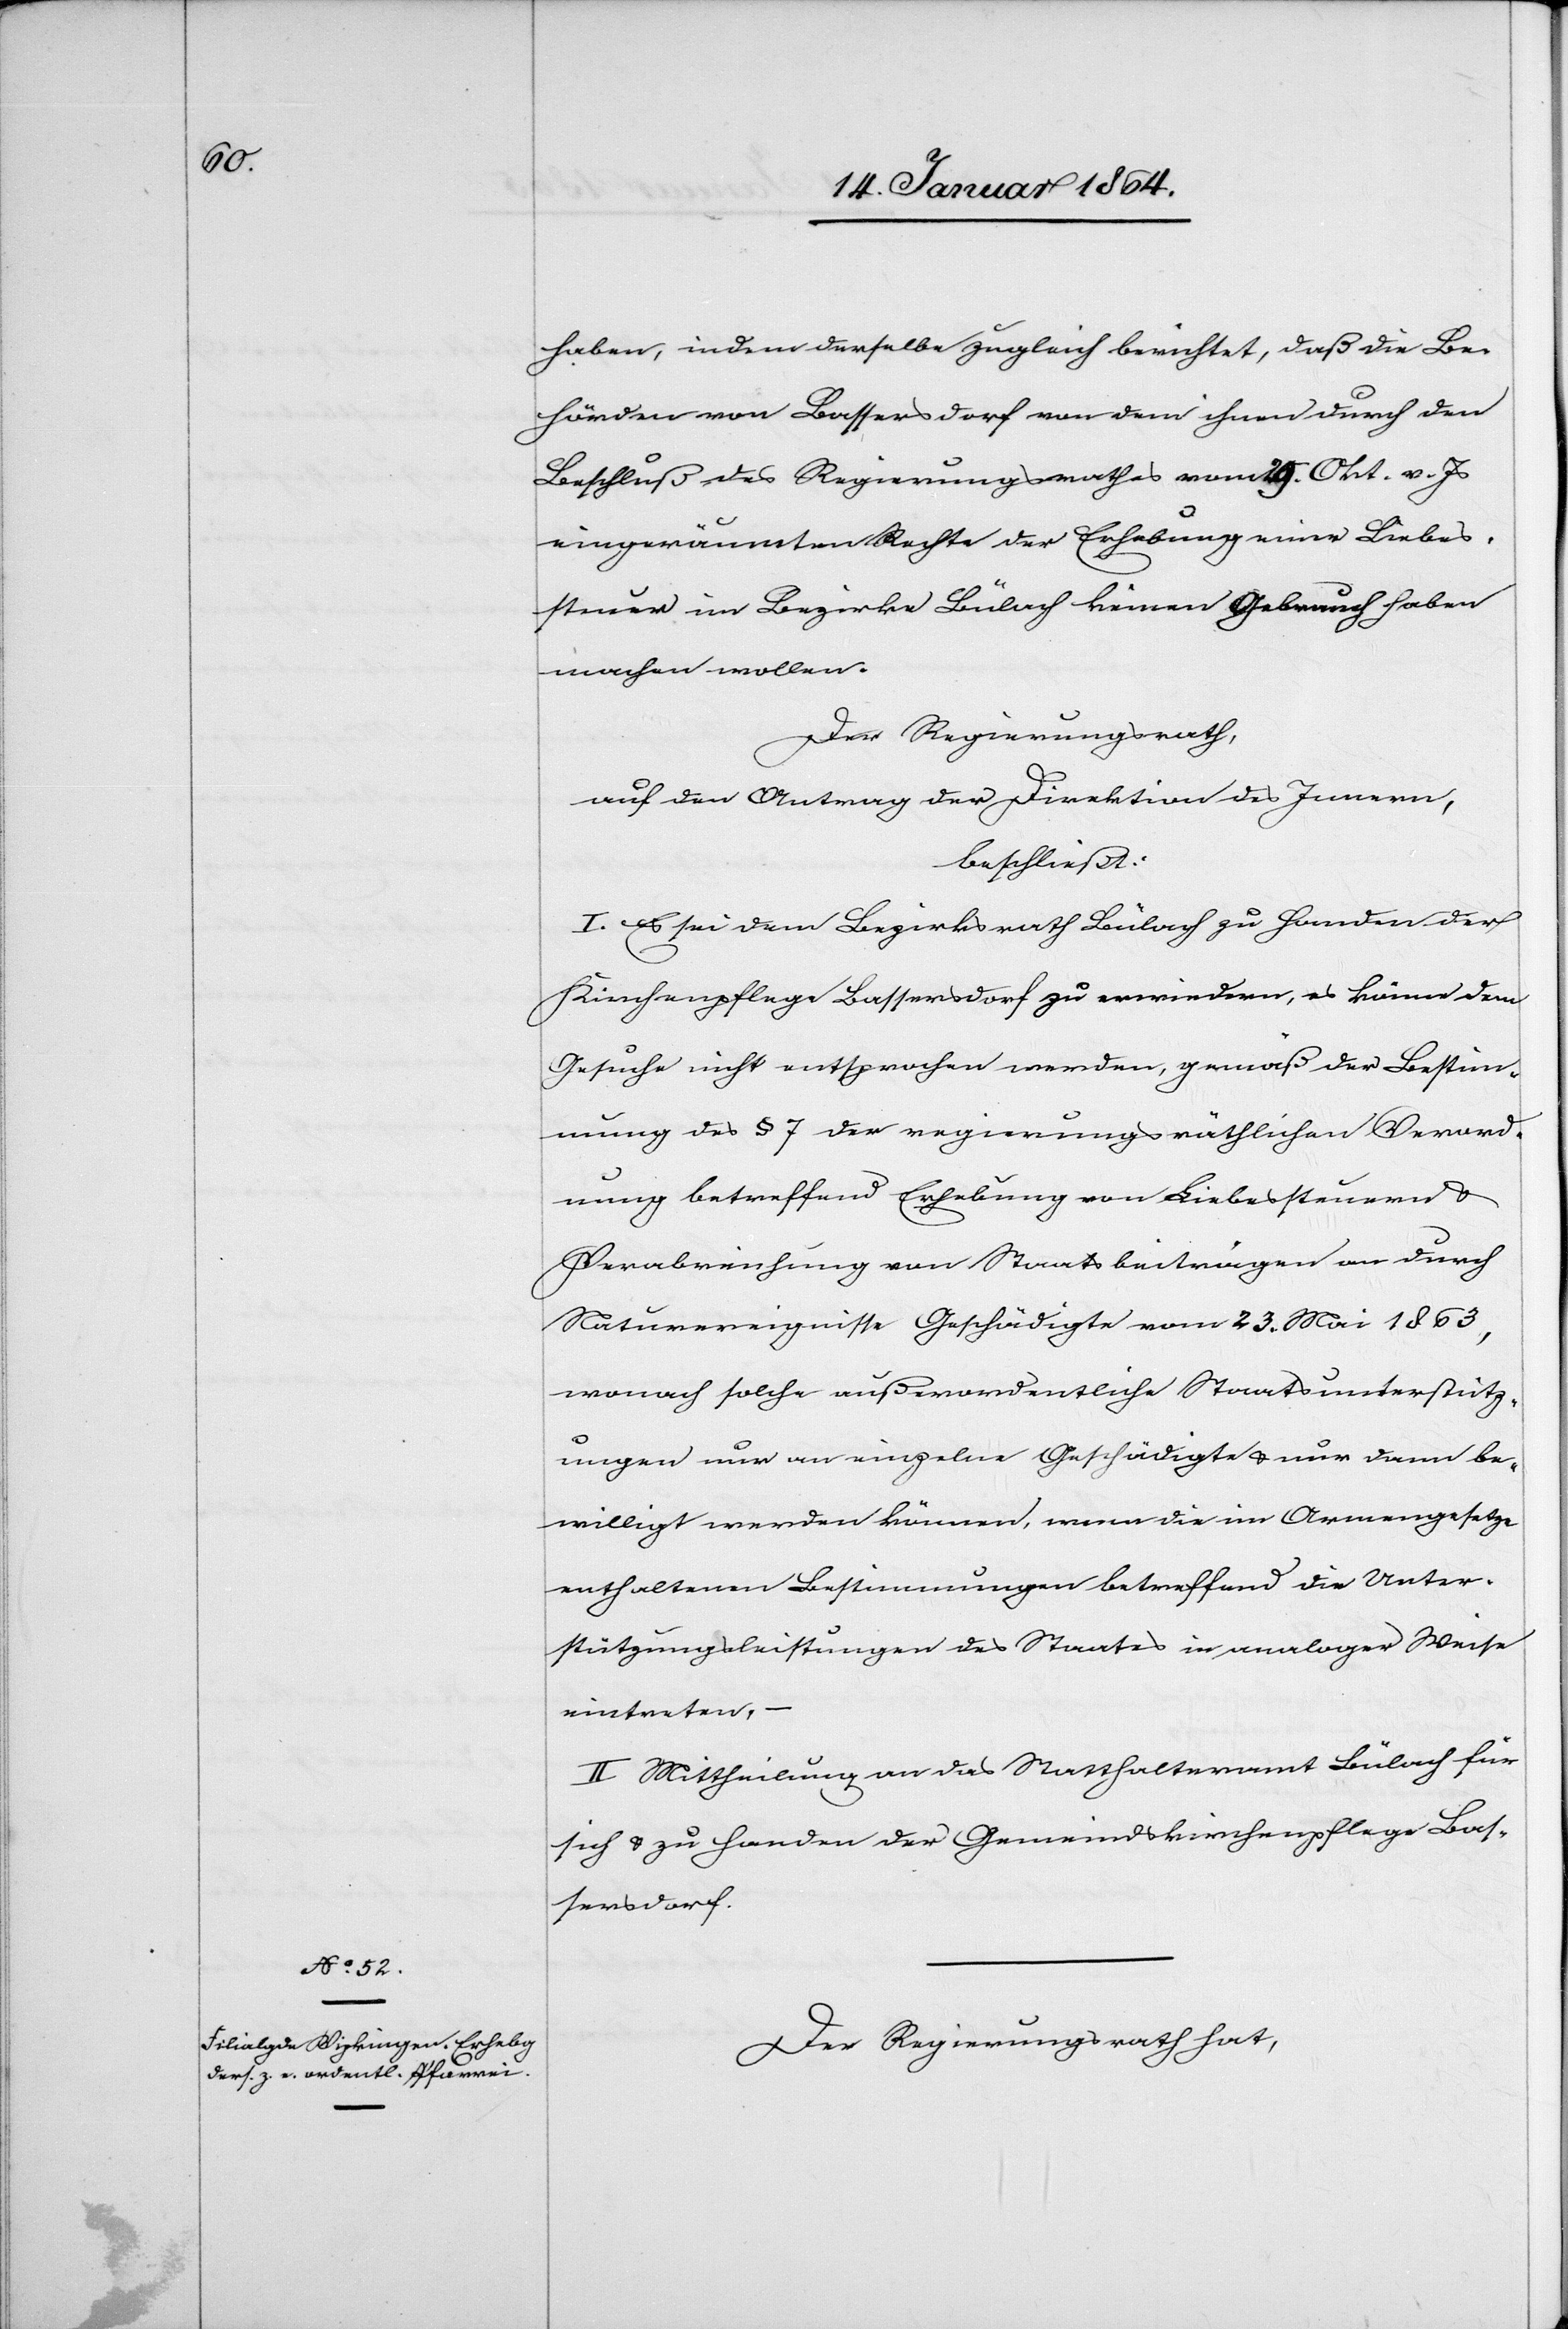
haben, indem derselbe zugleich berichtet, daß die Be¬
hörden von Bassersdorf von dem ihnen durch den
Beschluß des Regierungsrathes vom 29. Okt. v. Js
eingeräumten Rechte der Erhebung einer Liebes¬
steuer im Bezirke Bülach keinen Gebrauch haben
machen wollen.
Der Regierungsrath,
auf den Antrag der Direktion des Innern,
beschließt:
I. Es sei dem Bezirksrath Bülach zu Handen der
Kirchenpflege Bassersdorf zu erwiedern, es könne dem
Gesuche nicht entsprochen werden, gemäß der Bestim¬
mung des § 7 der regierungsräthlichen Verord¬
nung betreffend Erhebung von Liebessteuern u.
Verabreichung von Staatsbeiträgen an durch
Naturereignisse Geschädigte vom 23. Mai 1863,
wonach solche außerordentliche Staatsunterstütz¬
ungen nur an einzelne Geschädigte u. nur dann be¬
willigt werden können, wenn die im Armengesetze
enthaltenen Bestimmungen betreffend die Unter¬
stützungsleistungen des Staates in analoger Weise
eintreten.
II Mittheilung an das Statthalteramt Bülach für
sich u. zu Handen der Gemeindskirchenpflege Bas¬
sersdorf.
Der Regierungsrath hat,